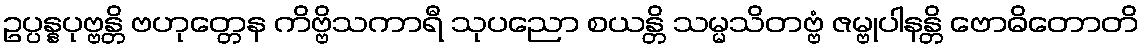
ဥပ္ပန္နပုဗ္ဗန္တိ ဗဟုတ္တေန ကိဗ္ဗိသကာရီ သုပညော စယန္တိ သမ္မသိတဗ္ဗံ ဇမ္ဗုပါနန္တိ ဗောဓိတောတိ